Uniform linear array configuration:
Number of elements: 24
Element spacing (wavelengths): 0.25
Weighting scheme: cosine
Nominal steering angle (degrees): -45
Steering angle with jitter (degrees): -46.631
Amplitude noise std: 0.05
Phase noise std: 0.05

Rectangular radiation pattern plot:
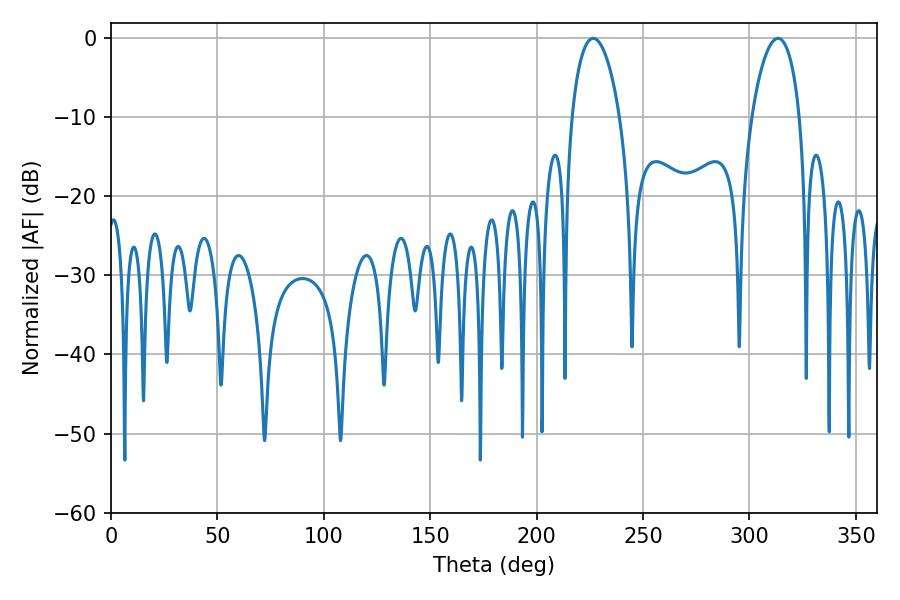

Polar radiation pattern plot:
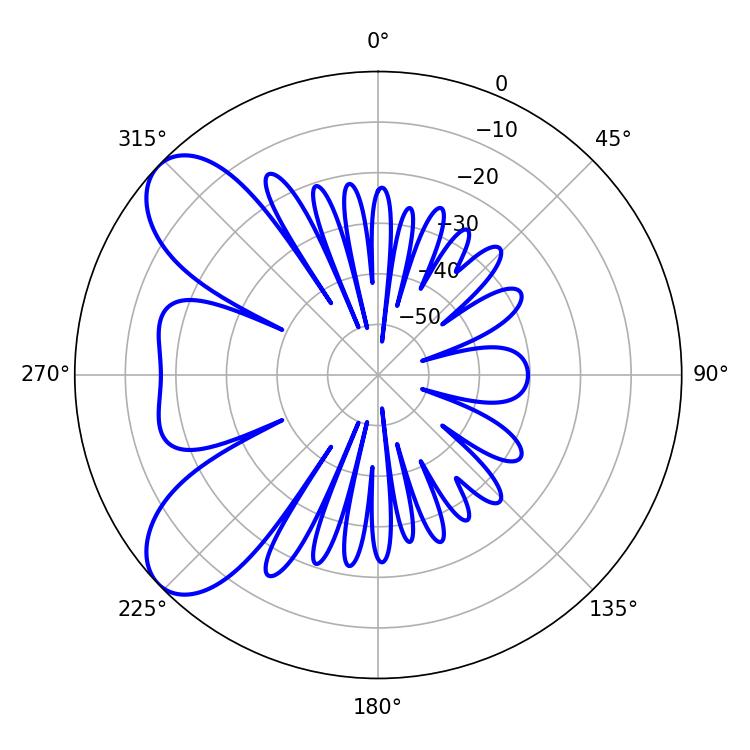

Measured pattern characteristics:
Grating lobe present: FALSE
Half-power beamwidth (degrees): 12.96
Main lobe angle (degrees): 226.62